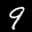
Label: 9